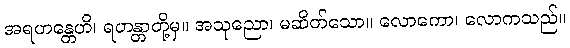
အရဟန္တေဟိ၊ ရဟန္တာတို့မှ။ အသုညော၊ မဆိတ်သော။ လောကော၊ လောကသည်။